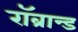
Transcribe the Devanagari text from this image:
रॉब्रान्ड